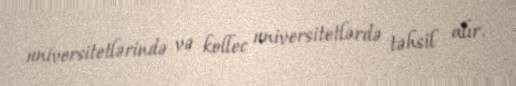
universitetlərində və kollec universitetlərdə təhsil alır.